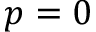
p = 0